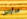
سأواصل